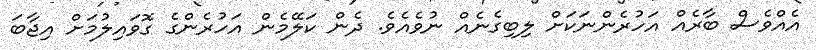
އެއްވެސް ބާރެއް އަހުރެންނަކަށް ލިބިގެނެއް ނުވެއެވެ. ދެން ކަލޭމެން އަހުރެންގެ ގޮވައިލުމަށް އިޖާބަ